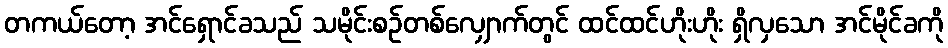
တကယ်တော့ အင်ရှောင်ခသည် သမိုင်းစဉ်တစ်လျှောက်တွင် ထင်ထင်ဟိုးဟိုး ရှိလှသော အင်မိုင်ခကို